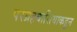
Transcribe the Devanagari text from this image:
परग्रहवासियाकडून